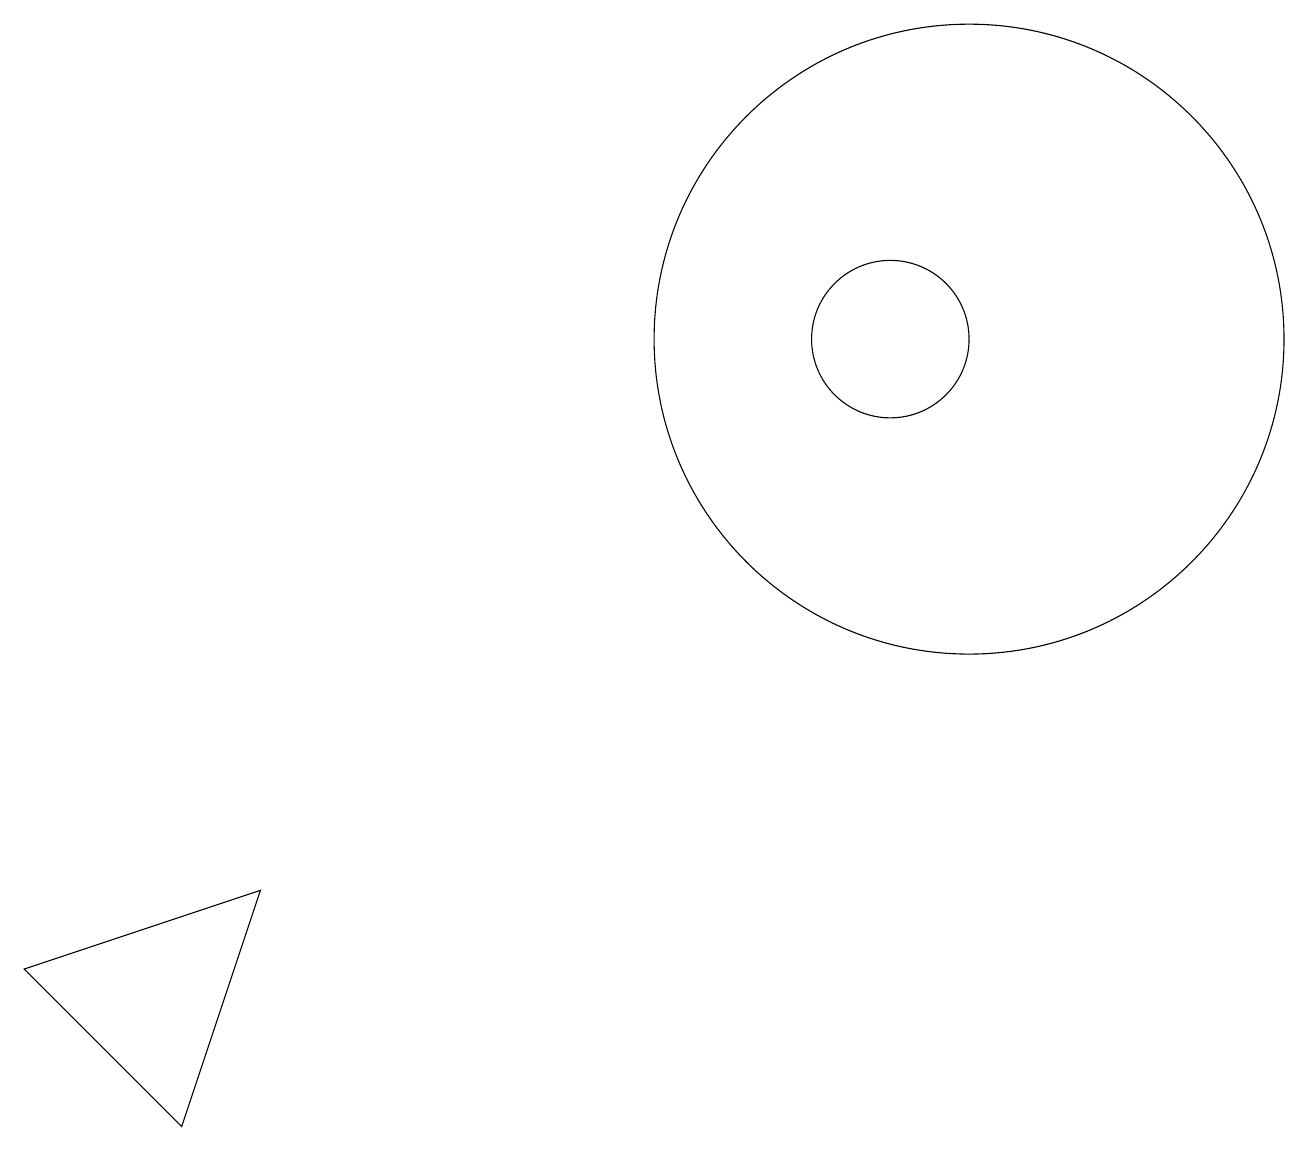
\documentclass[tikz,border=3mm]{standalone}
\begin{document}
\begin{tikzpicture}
\draw (3,3) -- (0,2) -- (2,0) -- cycle;
\draw (11,10) circle (1);
\draw (12,10) circle (4);
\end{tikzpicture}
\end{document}